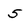
Character: 5